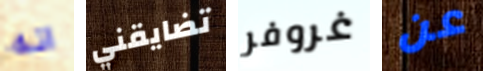
انه تضايقني غروفر عن